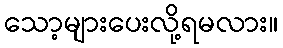
သော့များပေးလို့ရမလား။